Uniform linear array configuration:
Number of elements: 24
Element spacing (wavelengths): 0.75
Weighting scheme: hamming
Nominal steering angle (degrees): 60
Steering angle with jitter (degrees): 59.19
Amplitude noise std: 0.05
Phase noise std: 0.05

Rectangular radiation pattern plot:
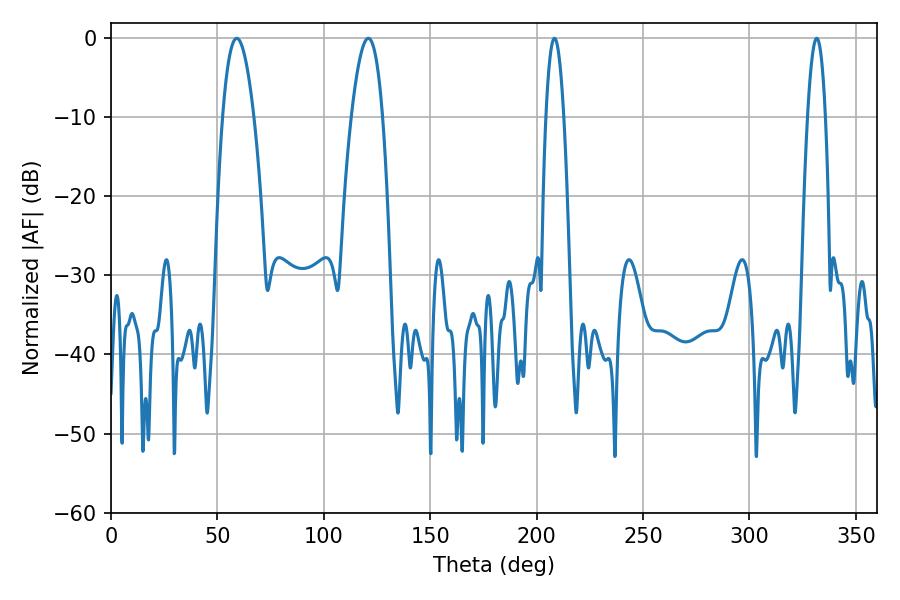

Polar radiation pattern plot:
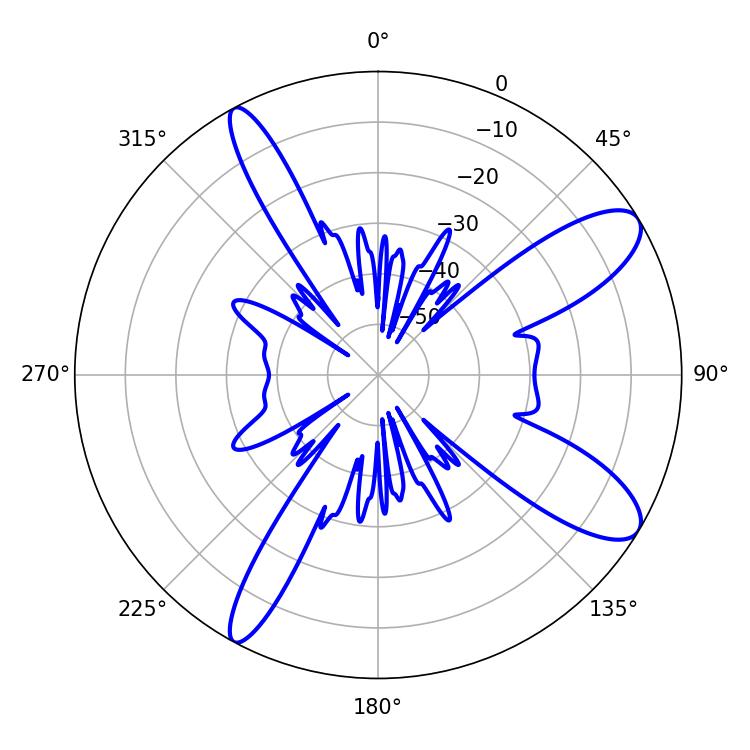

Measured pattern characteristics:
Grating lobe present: TRUE
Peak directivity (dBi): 10.507
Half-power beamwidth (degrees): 8.1
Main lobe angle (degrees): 59.04